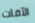
الآفات